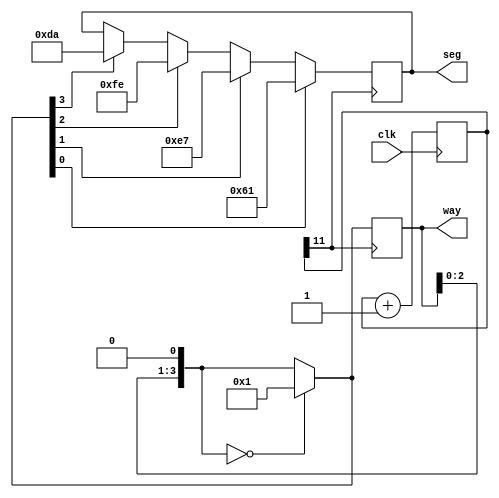
module tt(clk,seg,way);
input clk;// 
output reg[7:0] seg;
output reg[3:0] way;

reg[11:0]frequency;
always@(posedge clk)frequency=frequency+1;   
always @(posedge frequency[11])  
begin
way=way<<1; //
if(way==0)way=1; //   ? n [ o  ??
if(way[3]==1)seg<=8'b11011010; // 2   a/b/c/d/e/f/g/.
if(way[2]==1)seg<=8'b11111110; // 8
if(way[1]==1)seg<=8'b11100111; // . 9
if(way[0]==1)seg<=8'b01100001; // 1.

end
endmodule